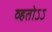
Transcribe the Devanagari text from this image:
व्हतोऽऽ